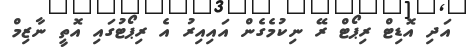
އަދި އޮޑިޓް ރިޕޯޓް ރޭ ނިކުމެގެން އައިއިރު އެ ރިޕޯޓުގައި އޮތީ ނާޒިމް